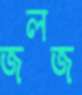
জলজ